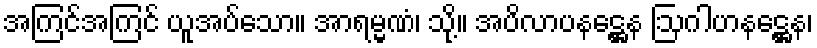
အကြင်အကြင် ယူအပ်သော။ အာရမ္မဏံ၊ သို့။ အပိလာပနဋ္ဌေန ဩဂါဟနဋ္ဌေန၊